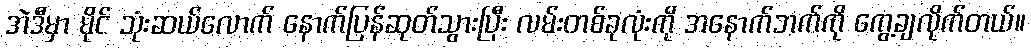
အဲဒီမှာ မိုင် သုံးဆယ်လောက် နောက်ပြန်ဆုတ်သွားပြီး လမ်းတစ်ခုလုံးကို အနောက်ဘက်ကို ကွေ့ချလိုက်တယ်။